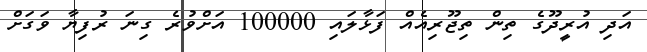
އަދި އުރީދޫގެ ތިން ތިޖޫރިއެއް ފަޅާލައި 100000 އަށްވުރެ ގިނަ ރުފިޔާ ވަގަށް